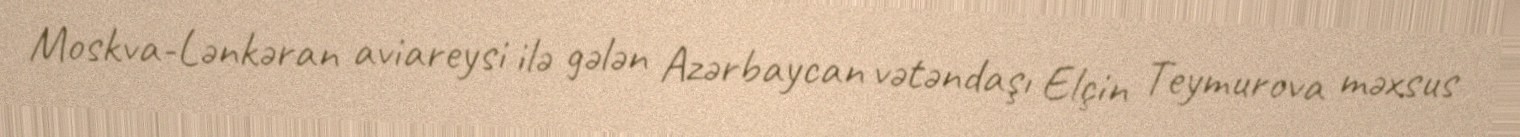
Moskva-Lənkəran aviareysi ilə gələn Azərbaycan vətəndaşı Elçin Teymurova məxsus